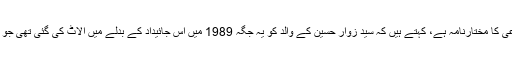
دوسری جانب شوکت جمال کشمیری، جن کے پاس مدعی کا مختارنامہ ہے، کہتے ہیں کہ سید زوار حسین کے والد کو یہ جگہ 1989 میں اُس جائیداد کے بدلے میں الاٹ کی گئی تھی جو اُنہوں نے پاکستان بننے کے بعد انڈیا میں چھوڑی تھی۔